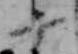
十